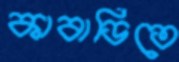
কাবাডিতে